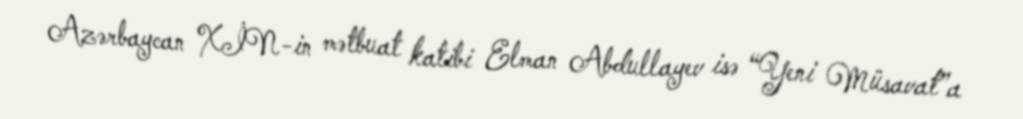
Azərbaycan XİN-in mətbuat katibi Elman Abdullayev isə “Yeni Müsavat”a